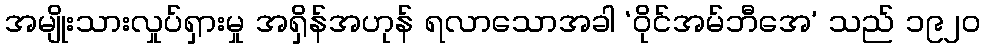
အမျိုးသားလှုပ်ရှားမှု အရှိန်အဟုန် ရလာသောအခါ ‘ဝိုင်အမ်ဘီအေ’ သည် ၁၉၂၀